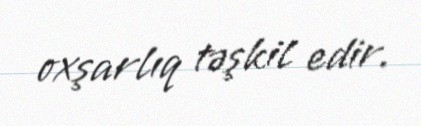
oxşarlıq təşkil edir.